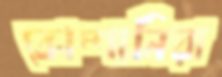
কোম্পানিরা